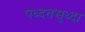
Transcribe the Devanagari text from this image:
पध्दतसुध्दा